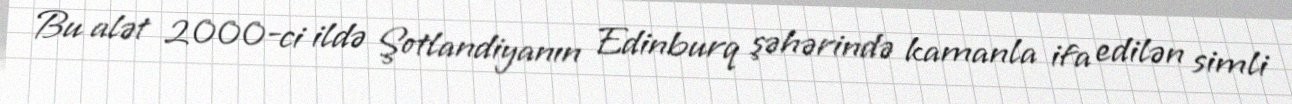
Bu alət 2000-ci ildə Şotlandiyanın Edinburq şəhərində kamanla ifa edilən simli